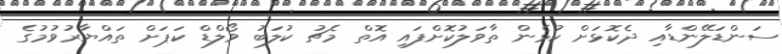
ސަންޑަލޭންޑާއި ދެކޮޅަށް ކުޅެން ތާވަލުކޮށްފައި އޮތް މެޗު ކުލަބު ވޯލްޑް ކަޕަށް ތައްޔާރުވުމުގެ